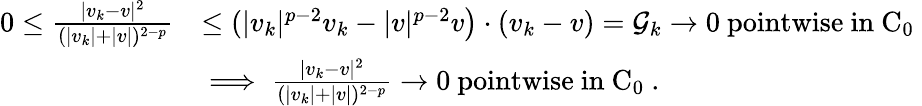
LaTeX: \begin{array}{rl}{0\le\frac{|v_{k}-v|^{2}}{(|v_{k}|+|v|)^{2-p}}}&{\le(|v_{k}|^{p-2}v_{k}-|v|^{p-2}v\big)\cdot(v_{k}-v)=\mathcal G_{k}\to 0\mathrm{~pointwise~in~C_0~}}\\ &{\implies\frac{|v_{k}-v|^{2}}{(|v_{k}|+|v|)^{2-p}}\to 0\mathrm{~pointwise~in~C_0~.}}\end{array}